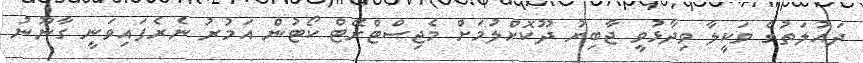
ދައުލަތުގެ ވަކީލާ ވިދާޅުވީ ޖާބިރު ދޫކޮށްލުމަށް މެޖިސްޓްރޭޓް ކޯޓުން އަމުރު ނެރެފައިވަނީ ގާނޫނު